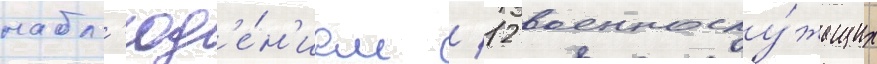
набл'юд'е́н'ием / 12 военнослу́жащих